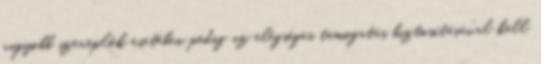
nagyobb szereplők esetében pedig az elégséges támogatás biztosításával kell